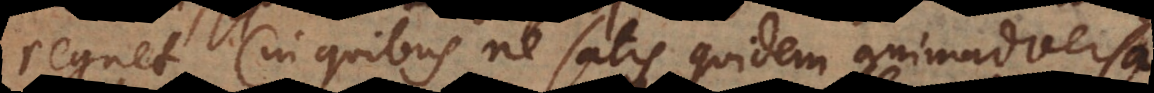
regnet (in quibus ne satis quidem animadversa